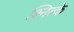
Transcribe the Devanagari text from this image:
श्नित्के